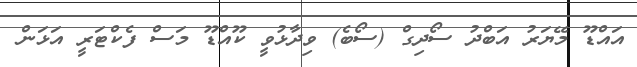
އައްޑޫ މޭޔަރު އަބްދު ސޯދިގް (ސޯބެ) ވިދާޅުވީ ކޫއްޑޫ މަސް ފެކްޓަރީ އަޅަން